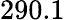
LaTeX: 290.1